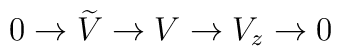
0 \rightarrow \widetilde{V} \rightarrow V \rightarrow V_{z}\rightarrow 0